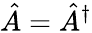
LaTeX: {\hat{A}}={\hat{A}}^{\dagger}